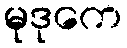
မုဒုကေ